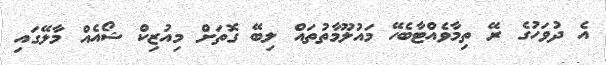
އެ ދުވަހުގެ ރޭ ތިމާވެއްޓާބެހޭ މައުލޫމާތުތައް ލިބޭ ގޮތަށް މިއުޒިކް ޝޯއެއް މާލޭގައި